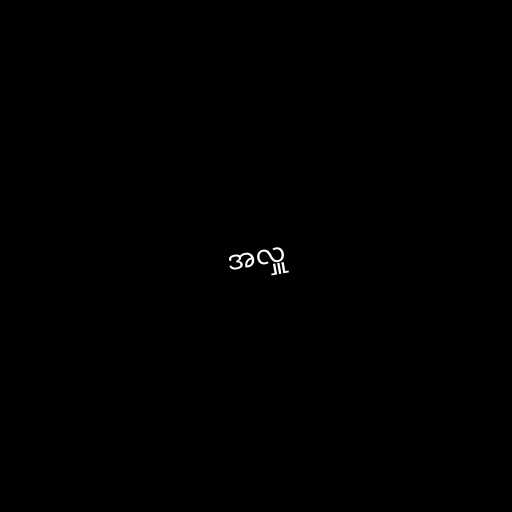
အလှူ